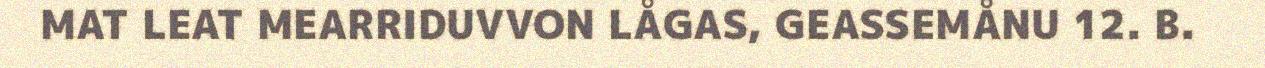
MAT LEAT MEARRIDUVVON LÅGAS, GEASSEMÅNU 12. B.